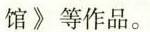
馆》等作品。